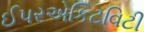
ઈપરએકિટવિટી